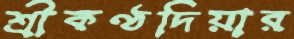
শ্রীকণ্ঠদিয়ার